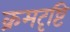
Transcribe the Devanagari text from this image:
क्रमदृष्टि